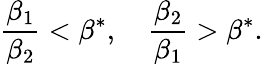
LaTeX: \frac{\beta_{1}}{\beta_{2}}<\beta^{*},\quad\frac{\beta_{2}}{\beta_{1}}>\beta^{*}.